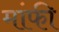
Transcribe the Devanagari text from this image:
मांफी